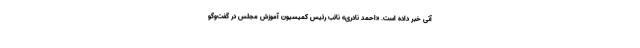
آتی خبر داده است. «احمد نادری» نائب رئیس کمیسیون آموزش مجلس در گفت‌وگو